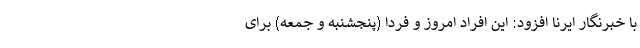
با خبرنگار ایرنا افزود: این افراد امروز و فردا (پنجشنبه و جمعه) برای